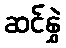
ဆင်နွှဲ